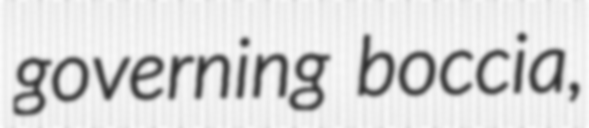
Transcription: governing boccia,